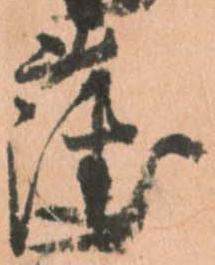
薩